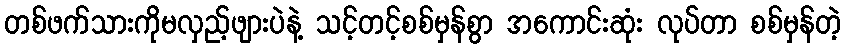
တစ်ဖက်သားကိုမလှည့်ဖျားပဲနဲ့ သင့်တင့်စစ်မှန်စွာ အကောင်းဆုံး လုပ်တာ စစ်မှန်တဲ့